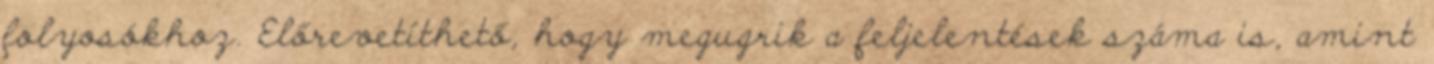
folyosókhoz. Előrevetíthető, hogy megugrik a feljelentések száma is, amint